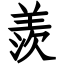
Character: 羨